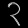
Digit: ၃